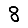
Digit: 8